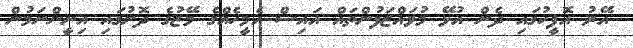
އޭރު އޮފީހުގައި ދެން އުޅޭ މުވައްޒަފުންތައް އައިސް އެމީހެއްގެ މޭޒުގެ ދޮށުގައި އިށީންނަމުން